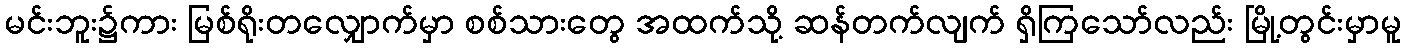
မင်းဘူး၌ကား မြစ်ရိုးတလျှောက်မှာ စစ်သားတွေ အထက်သို့ ဆန်တက်လျက် ရှိကြသော်လည်း မြို့တွင်းမှာမူ